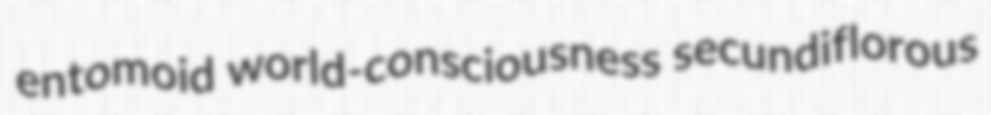
entomoid world-consciousness secundiflorous